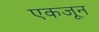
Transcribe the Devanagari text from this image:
एकजून